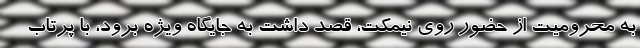
به محرومیت از حضور روی نیمکت، قصد داشت به جایگاه ویژه برود، با پرتاب